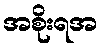
အစိုးရအ